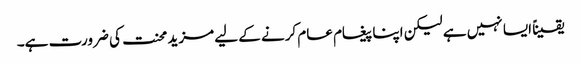
یقیناً ایسا نہیں ہے لیکن اپنا پیغام عام کرنے کے لیے مزید محنت کی ضرورت ہے۔